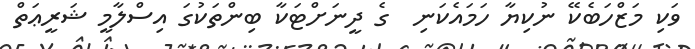
ވަކި މަޒްހަބެކޭ ނުކިޔާ ހަމައެކަނި  ގެ ދީނަށްޓަކާ ބިންތަކުގަ އިސްލާމީ ޝަރީޢަތް